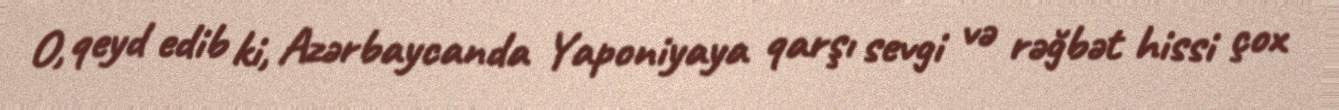
O, qeyd edib ki, Azərbaycanda Yaponiyaya qarşı sevgi və rəğbət hissi çox